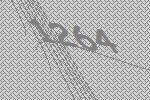
1264